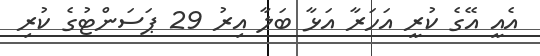
އެއީ އޭގެ ކުރީ އަހަރާ އަޅާ ބަލާ އިރު 29 ޕަސަންޓުގެ ކުރި